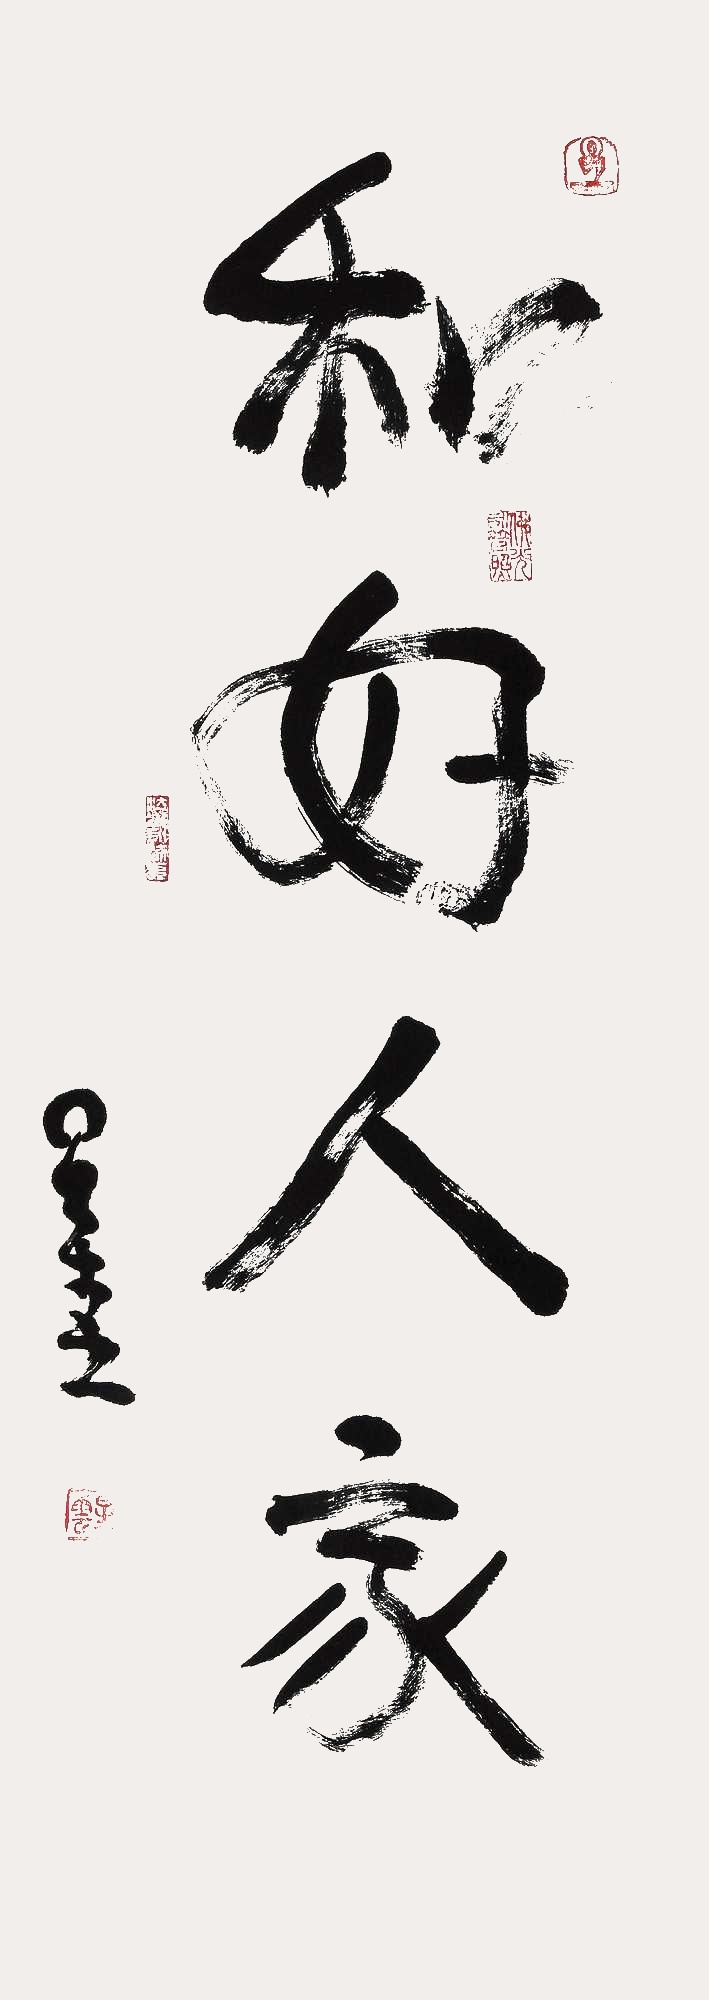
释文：和好人家。星云。